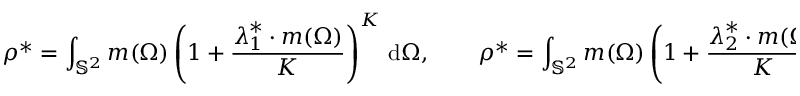
\boldsymbol { \rho } ^ { * } = \int _ { \mathbb { S } ^ { 2 } } \boldsymbol { m } ( \Omega ) \left( 1 + \frac { \boldsymbol { \lambda } _ { 1 } ^ { * } \cdot \boldsymbol { m } ( \Omega ) } { K } \right) ^ { K } \, \mathrm { d } \Omega , \qquad \boldsymbol { \rho } ^ { * } = \int _ { \mathbb { S } ^ { 2 } } \boldsymbol { m } ( \Omega ) \left( 1 + \frac { \boldsymbol { \lambda } _ { 2 } ^ { * } \cdot \boldsymbol { m } ( \Omega ) } { K } \right) ^ { K } \, \mathrm { d } \Omega .